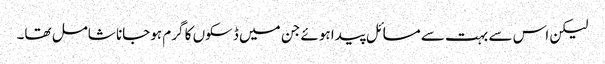
لیکن اس سے بہت سے مسائل پیدا ہوئے جن میں ڈسکوں کا گرم ہوجانا شامل تھا۔